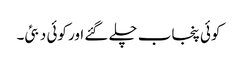
کوئی پنجاب چلے گئے اور کوئی دبئی۔